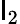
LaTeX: \mathsf{l}_{2}